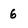
Character: 6